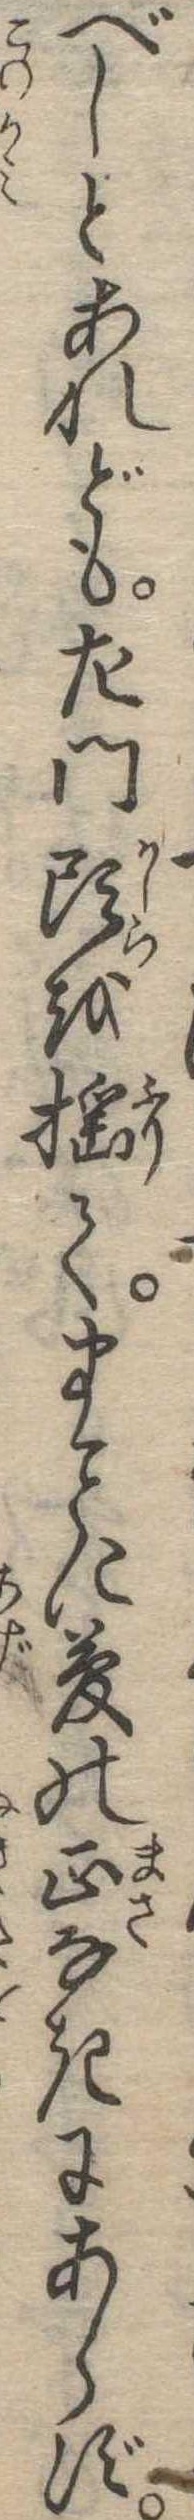
べしとあれども左門頭を揺てまに夢の正なきにあらず